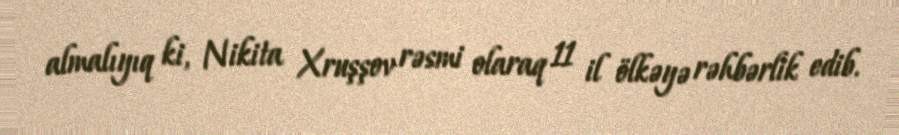
almalıyıq ki, Nikita Xruşşov rəsmi olaraq 11 il ölkəyə rəhbərlik edib.